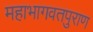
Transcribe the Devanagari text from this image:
महाभागवतपुराण